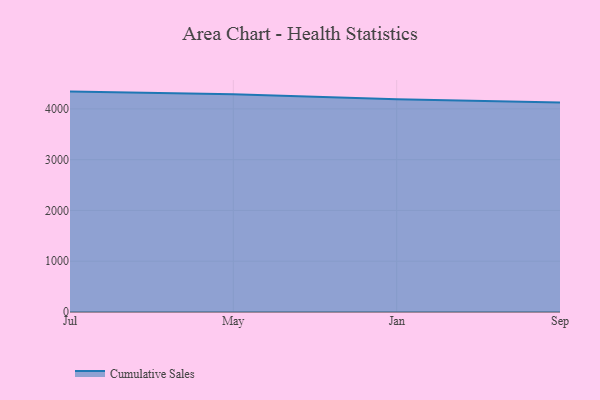
{"axis": {"x": "Month", "y": "Market Share (%)"}, "legend": ["Cumulative Sales"], "data": [{"x": "Jul", "y": 4340.6, "type": "Cumulative Sales"}, {"x": "May", "y": 4286.1, "type": "Cumulative Sales"}, {"x": "Jan", "y": 4192.2, "type": "Cumulative Sales"}, {"x": "Sep", "y": 4127.7, "type": "Cumulative Sales"}]}